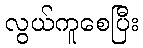
လွယ်ကူစေပြီး